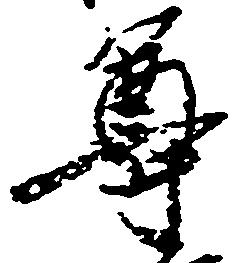
尊